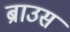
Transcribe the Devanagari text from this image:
ब्राउस